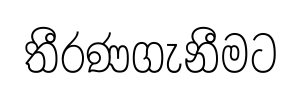
තීරණගැනීමට